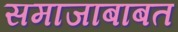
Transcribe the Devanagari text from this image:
समाजाबाबत